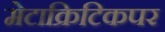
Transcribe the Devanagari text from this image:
मेटाक्रिटिकपर